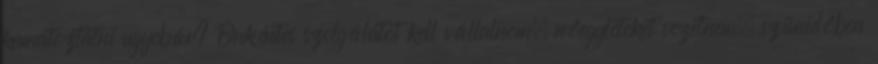
kamatoztatni ugyebár? Önkéntes szolgálatot kell vállalnom, nőegyleteket vezetnem, szünidőben